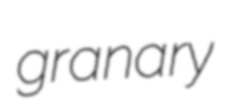
granary